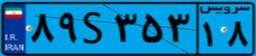
۵۷S۸۰۱۰۵